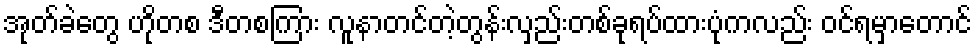
အုတ်ခဲတွေ ဟိုတစ ဒီတစကြား လူနာတင်တဲ့တွန်းလှည်းတစ်ခုရပ်ထားပုံကလည်း ဝင်ရမှာတောင်